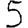
Digit: 5